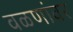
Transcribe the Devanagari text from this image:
वळणांवर